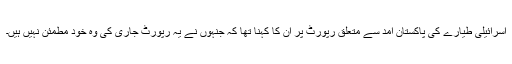
اسرائیلی طیارے کی پاکستان آمد سے متعلق رپورٹ پر ان کا کہنا تھا کہ جنہوں نے یہ رپورٹ جاری کی وہ خود مطمئن نہیں ہیں۔